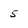
Character: 5